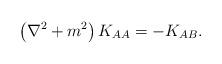
LaTeX: \begin{align*}\left ( \nabla^2 + m^2 \right ) K_{AA} = - K_{AB}.\end{align*}